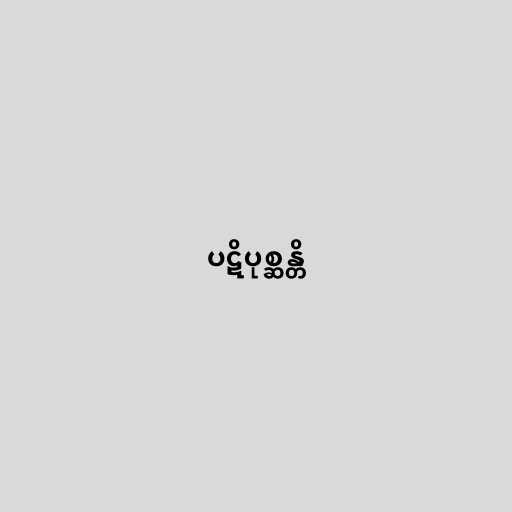
ပဋိပုစ္ဆန္တိ